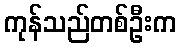
ကုန်သည်တစ်ဦးက